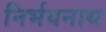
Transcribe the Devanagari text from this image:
निर्भयनाथ